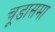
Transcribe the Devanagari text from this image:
चूडासमा